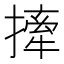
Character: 撁